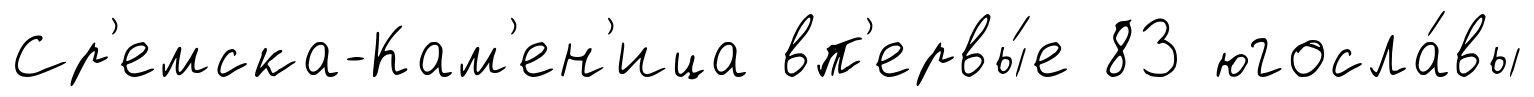
Ср'емска-Кам'ен'ица вп'ервы́е 83 югосла́вы